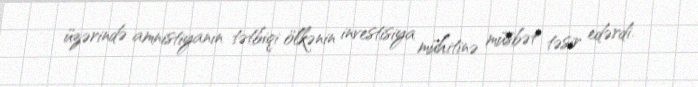
üzərində amnistiyanın tətbiqi ölkənin investisiya mühitinə müsbət təsir edərdi.